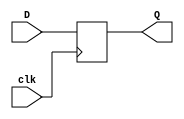
`timescale 1ns / 1ps
//////////////////////////////////////////////////////////////////////////////////
// Company: 
// Engineer: 
// 
// Design Name: 
// Module Name: D_flipflop
// Project Name: 
// Target Devices: 
// Tool Versions: 
// Description: 
// 
// Dependencies: 
// 
// Revision:
// Revision 0.01 - File Created
// Additional Comments:
// 
//////////////////////////////////////////////////////////////////////////////////


module D_flipflop(clk, D, Q);

input D, clk;
output reg Q;

always @(posedge clk)
begin
    Q <= D;
end

endmodule